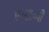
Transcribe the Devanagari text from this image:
ए॰टी॰पी